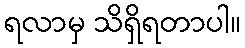
ရလာမှ သိရှိရတာပါ။